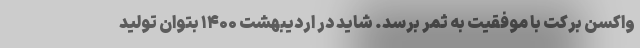
واکسن برکت با موفقیت به ثمر برسد. شاید در اردیبهشت ۱۴۰۰ بتوان تولید